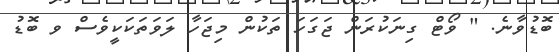
ބޮޑުވާނެ. " ވޯޓް ގިނަކުރަން ޖަގަހަ ތަކުން މިޖަހާ ލަވަތަކަކީވެސް ވ ބޮޑު